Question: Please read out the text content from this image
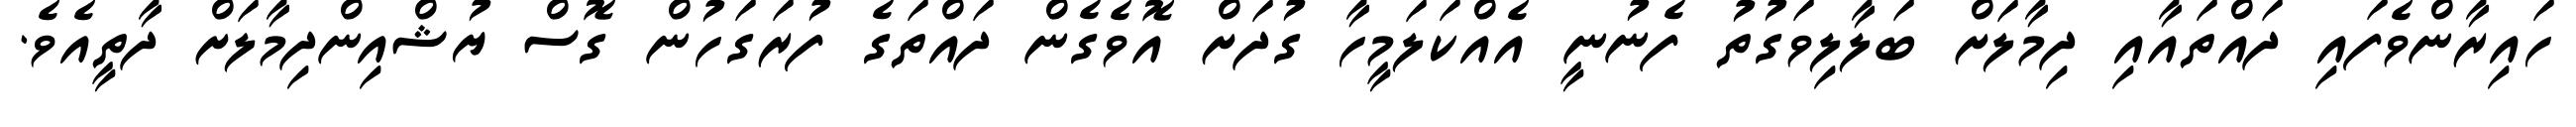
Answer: ހައިރާންވެފައި ދައްތައާއި ދިމާލަށް ބަލާލިވަގުތު ފެނުނީ އެއްކަލަމީހާ ގުދަށް އޮވެގެން ދައްތަގެ ފުރަގަހުން ގޮސް ޔުޝްއިންދިމާލަށް ދާތީއެވެ.